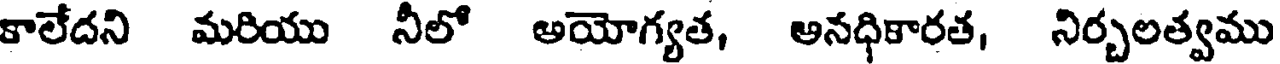
కాలేదని మరియు నీలో అయోగ్యత, అనధికారత, నిర్చలత్వము